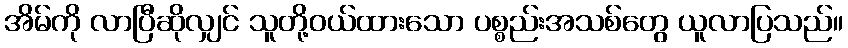
အိမ်ကို လာပြီဆိုလျှင် သူတို့ဝယ်ထားသော ပစ္စည်းအသစ်တွေ ယူလာပြသည်။